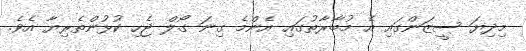
މިދިޔަ ސީޒަންގައި އެ މުބާރާތުގައި އެންމެ ގިނަ ގޯލް ޖެހި ކުޅުންތެރިޔާ އެވެ.